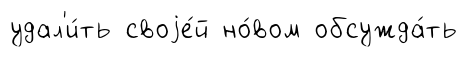
удал'и́ть своjе́й но́вом обсужда́ть